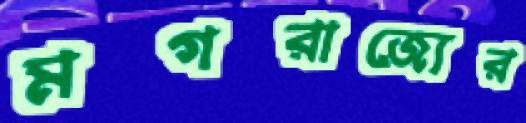
মগরাজ্যের